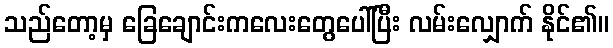
သည်တော့မှ ခြေချောင်းကလေးတွေပေါ်ပြီး လမ်းလျှောက် နိုင်၏။